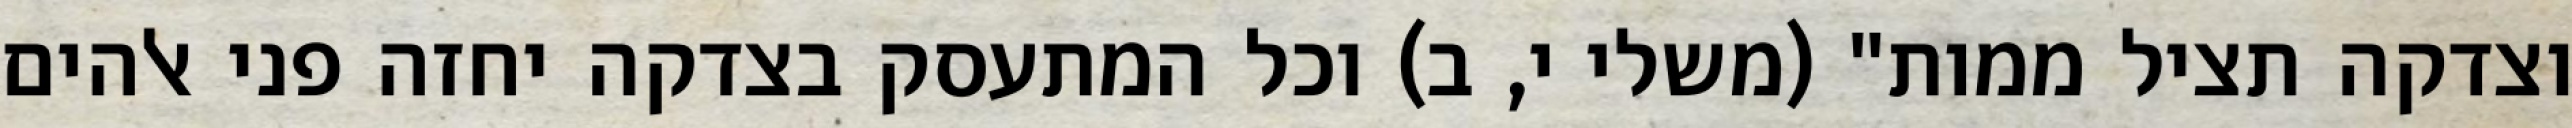
וצדקה תציל ממות" (משלי י, ב) וכל המתעסק בצדקה יחזה פני אלהים